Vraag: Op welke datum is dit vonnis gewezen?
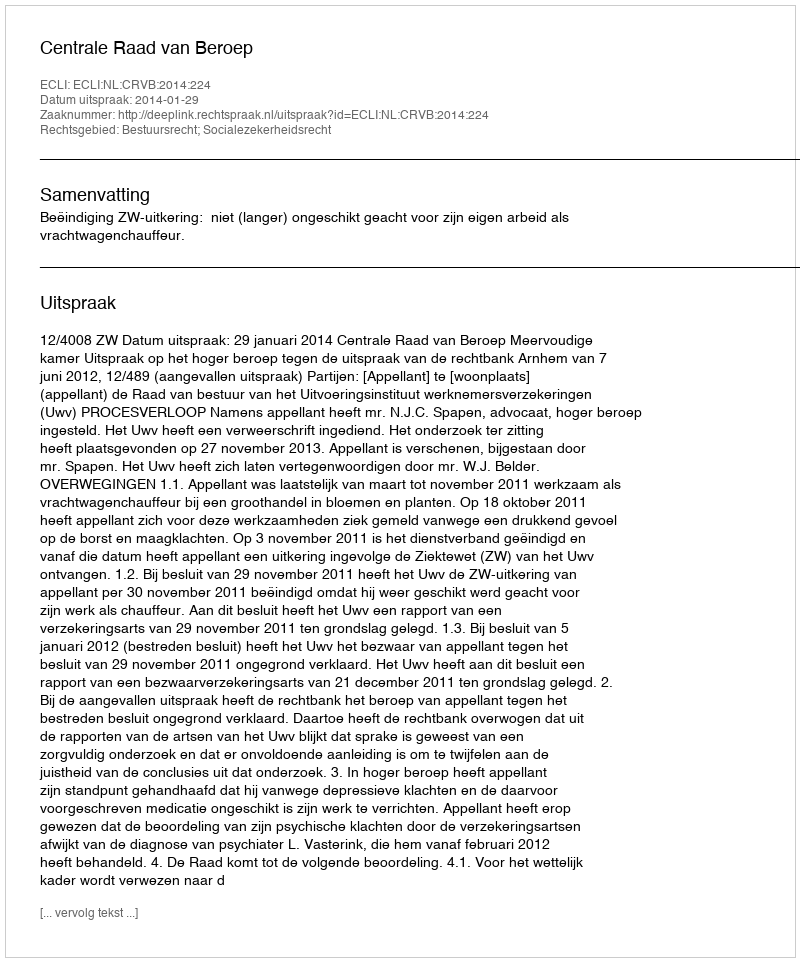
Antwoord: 2014-01-29